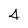
Character: 4